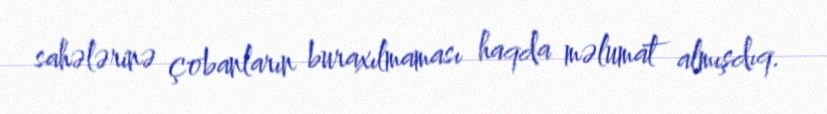
sahələrinə çobanların buraxılmaması haqda məlumat almışdıq.